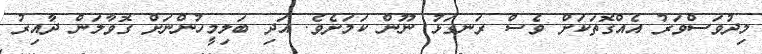
މިދުވަސްވަރު އެއްގޮތަކަށް ވެސް ރަނގަޅު ނޫން ކަމަށެވެ. އަދި ބަލިމީހުންނަށް ގޮވާލަން ދާއިރު